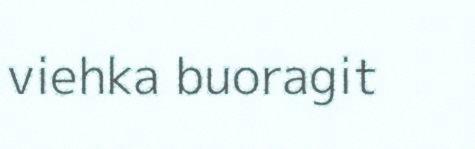
viehka buoragit